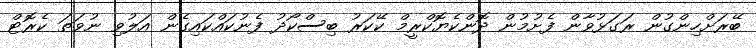
ބޭރަށްހިންގުން ރަގަޅުވާން ފެށުމުން ދޮންކެޔޮކްރީމް ކޭކަރު ބިސްކޯދު ފެނުކައްކައިގެން އަލުވި ނުވަތަ ކެރޮޓް